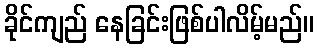
ခိုင်ကျည် နေခြင်းဖြစ်ပါလိမ့်မည်။